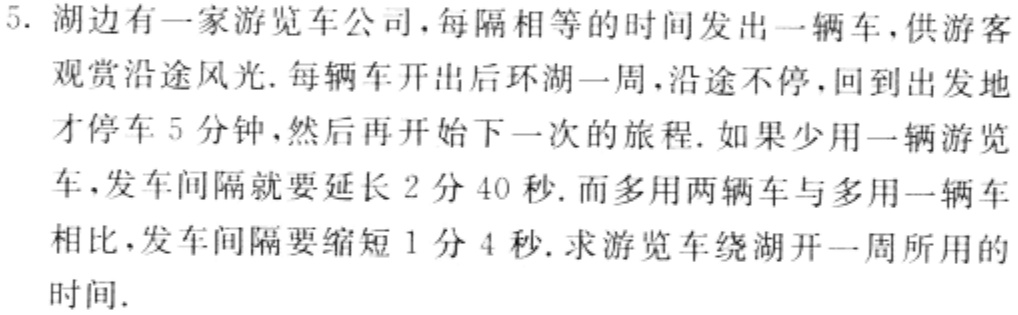
5. 湖边有一家游览车公司，每隔相等的时间发出一辆车，供游客观赏沿途风光. 每辆车开出后环湖一周，沿途不停，回到出发地才停车5分钟，然后再开始下一次的旅程. 如果少用一辆游览车，发车间隔就要延长2分40秒. 而多用两辆车与多用一辆车相比，发车间隔要缩短1分4秒. 求游览车绕湖开一周所用的时间.